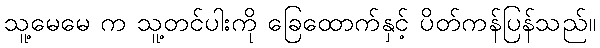
သူ့မေမေ က သူ့တင်ပါးကို ခြေထောက်နှင့် ပိတ်ကန်ပြန်သည်။